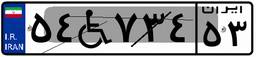
۵۴W۷۳۴۵۳